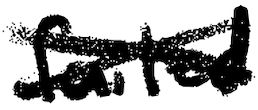
Text: failed
Cross-out: cross
Writing tool: digital_black